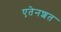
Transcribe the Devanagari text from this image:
एतेनशत